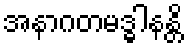
အနာဂတမဒ္ဓါနန္တိ